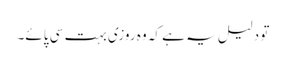
تو دلیل یہ ہے کہ وہ روزی بہت سی پائے۔